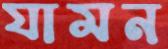
যামন